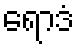
ရောဒံ